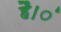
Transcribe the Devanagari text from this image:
है।ं